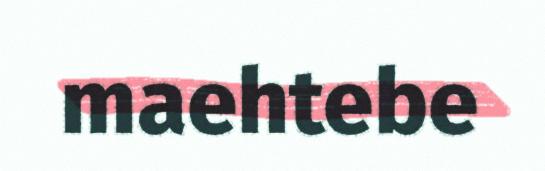
maehtebe